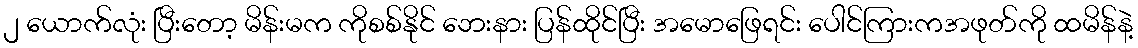
၂ ယောက်လုံး ပြီးတော့ မိန်းမက ကိုစစ်နိုင် ဘေးနား ပြန်ထိုင်ပြီး အမောဖြေရင်း ပေါင်ကြားကအဖုတ်ကို ထမိန်နဲ့